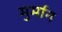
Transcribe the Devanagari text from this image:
मुर्मान